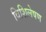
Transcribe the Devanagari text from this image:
विशिलेषण